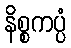
နိစ္စကပ္ပံ